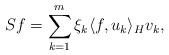
LaTeX: \begin{align*}Sf=\sum_{k=1}^m \xi_k \langle f,u_k\rangle_H v_k,\end{align*}